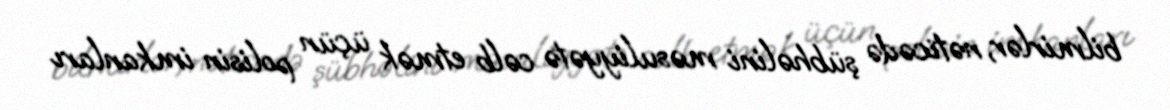
bilmirlər, nəticədə şübhəlini məsuliyyətə cəlb etmək üçün polisin imkanları